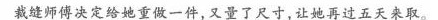
裁缝师傅决定给她重做一件，又量了尺寸，让她再过五天来取。